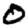
Digit: 0